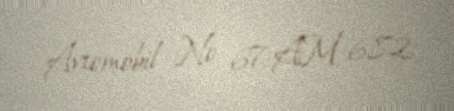
Avtomobil № 67-AM-682